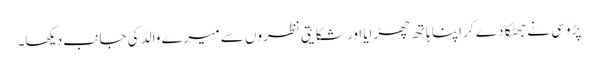
پڑوسی نے جھٹکا دے کر اپنا ہاتھ چھڑایا اور شکایتی نظروں سے میرے والد کی جانب دیکھا۔